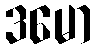
ဒမော